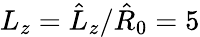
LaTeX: L_{z}=\hat{L}_{z}/\hat{R}_{0}=5